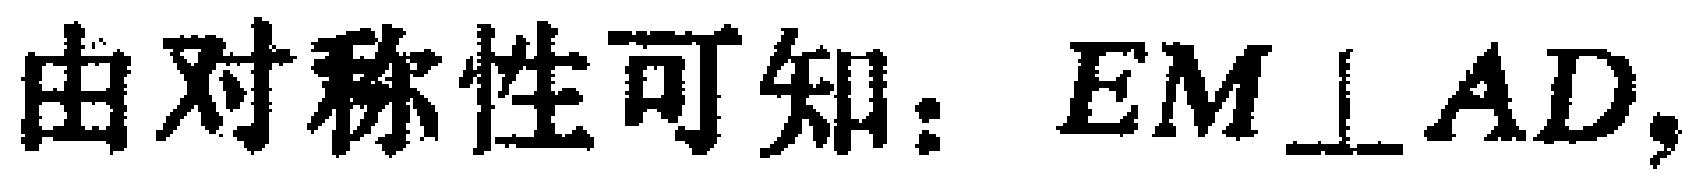
由对称性可知：$EM\perp AD,$